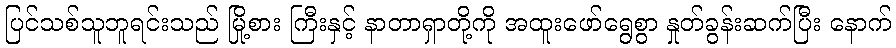
ပြင်သစ်သူဘူရင်းသည် မြို့စား ကြီးနှင့် နာတာရှာတို့ကို အထူးဖော်ရွေစွာ နှုတ်ခွန်းဆက်ပြီး နောက်